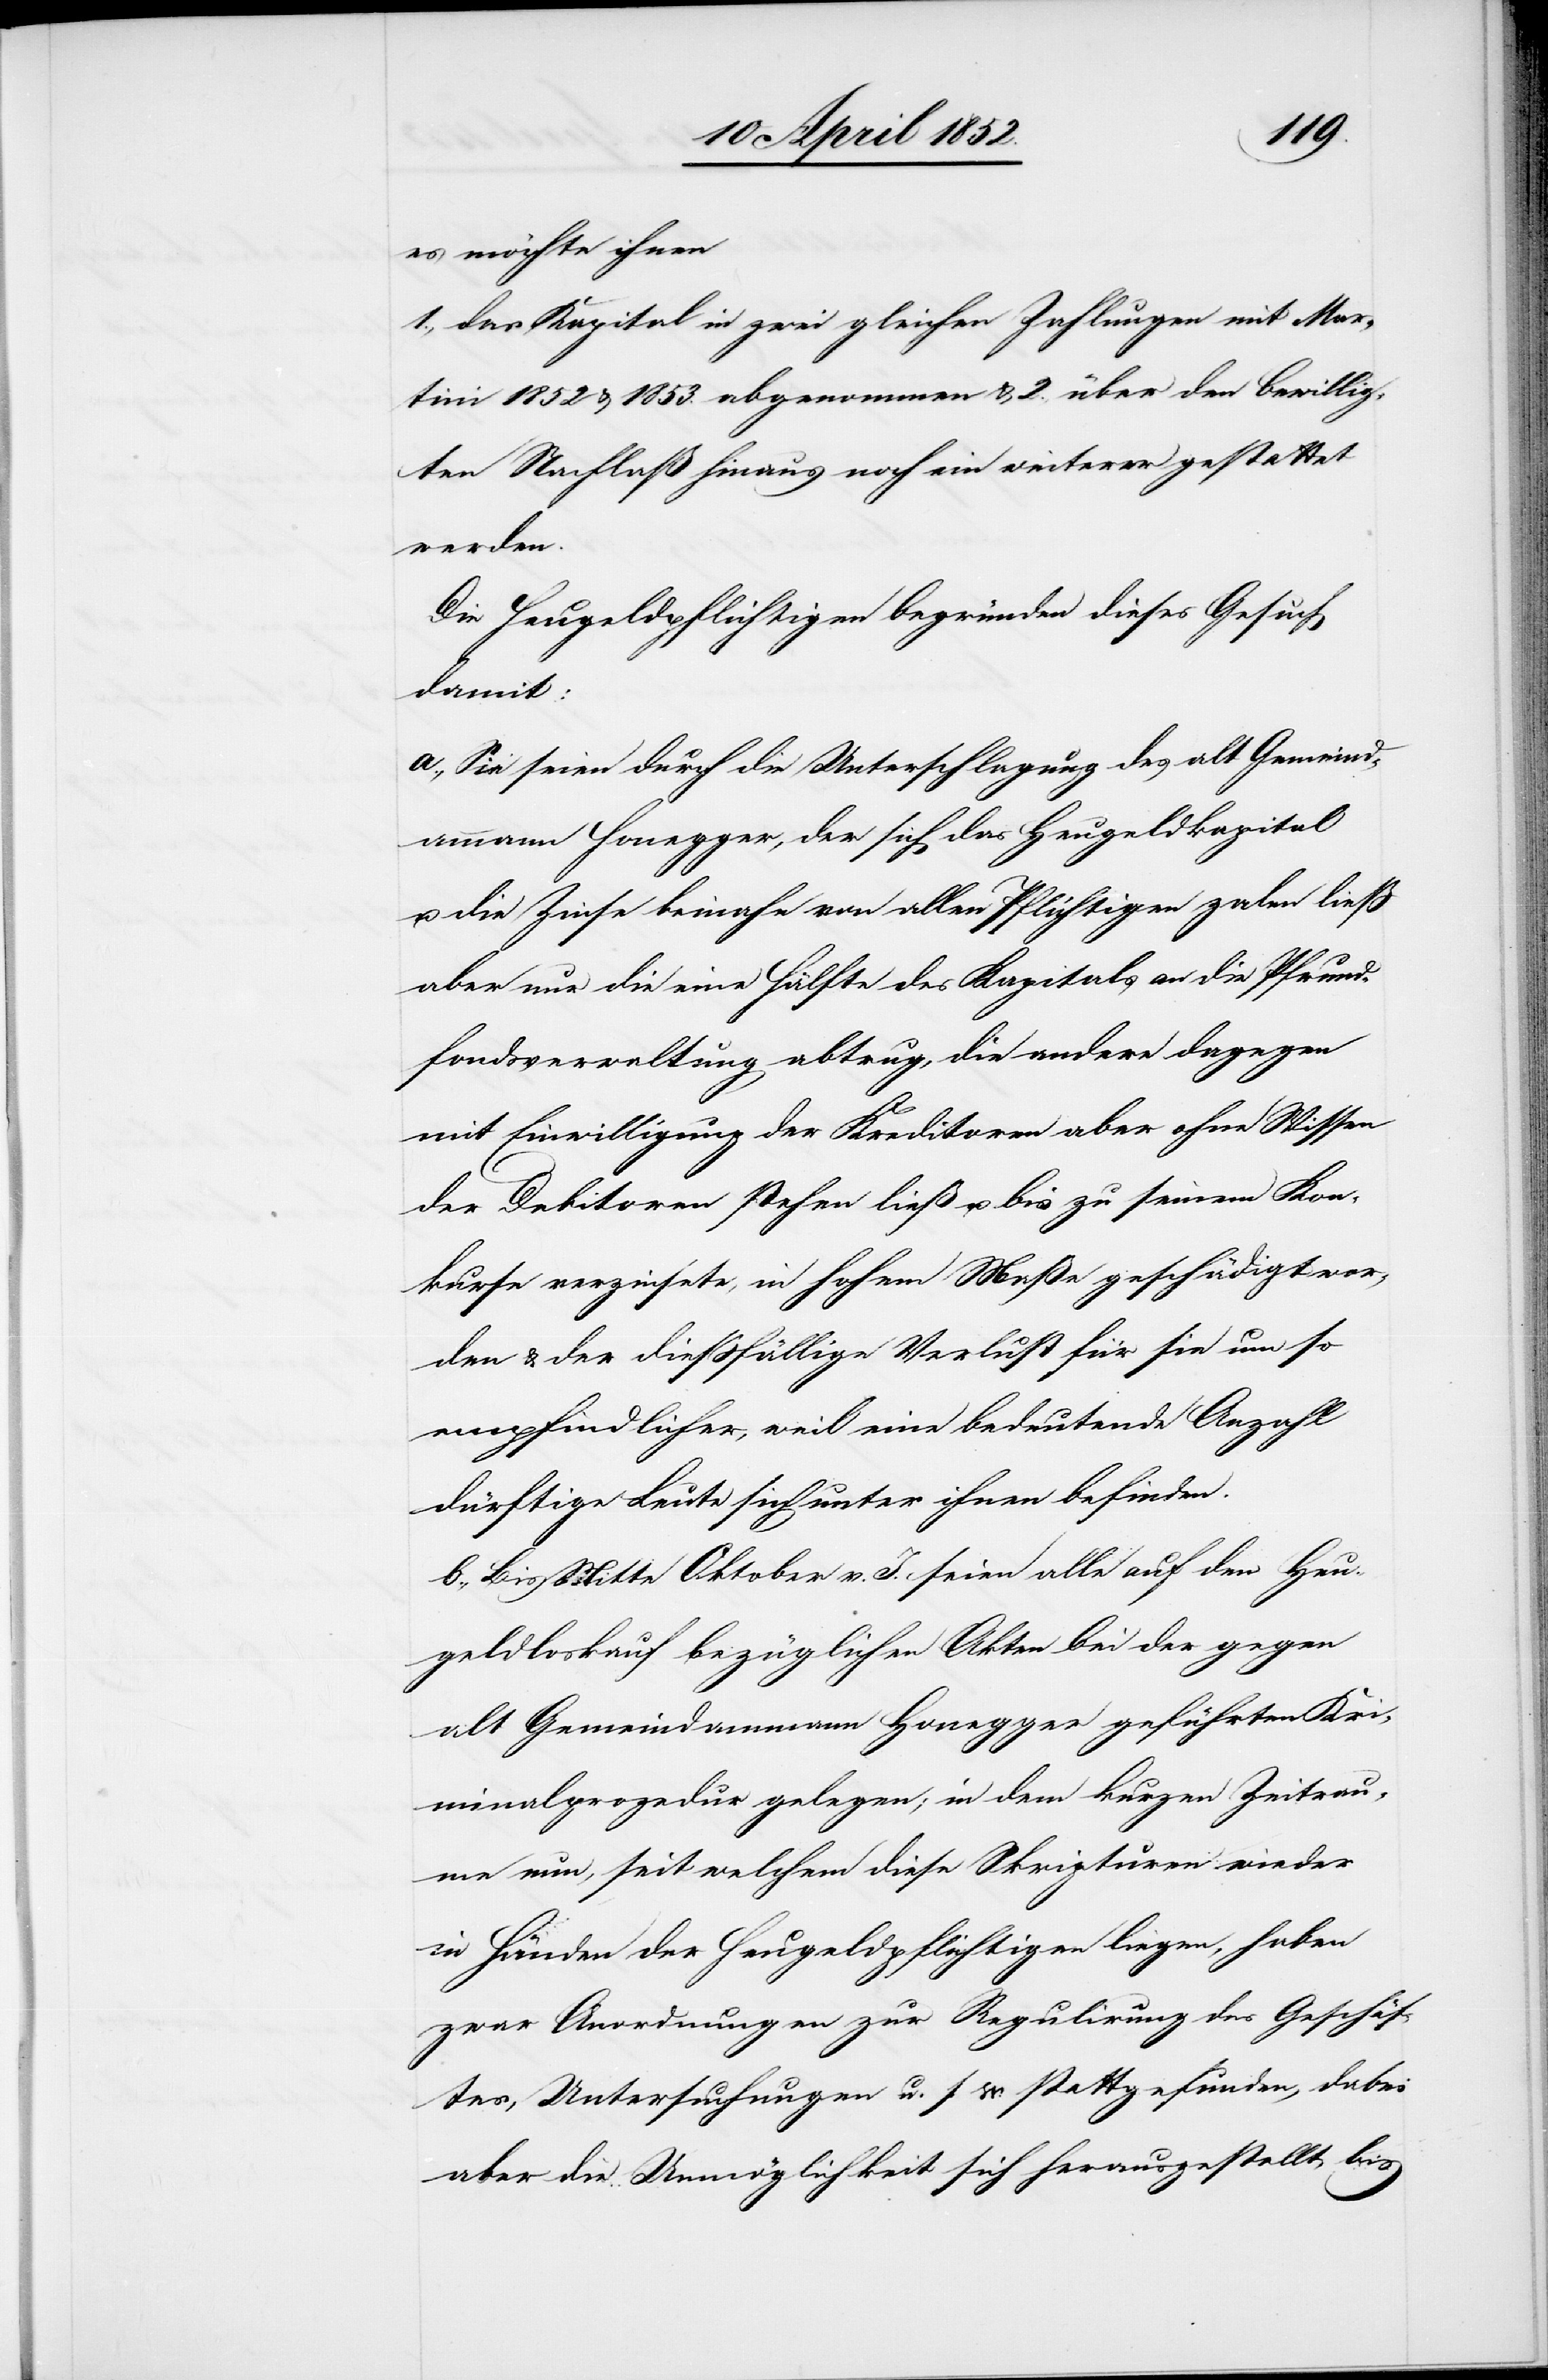
es möchte ihnen
1., das Kapital in zwei gleichen Zahlungen mit Mar¬
tini 1852 & 1853. abgenommen & 2. über den bewillig¬
ten Nachlaß hinaus noch ein weiterer gestattet
werden.
Die Heugeldpflichtigen begründen dieses Gesuch
damit:
a., Sie seien durch die Unterschlagung des alt Gemeind¬
ammann Honegger, der sich das Heugeldkapital
u. die Zinse beinahe von allen Pflichtigen za[h]len liess
aber nur die eine Hälfte des Kapitals an die Pfrund¬
fondsverwaltung abtrug, die andere dagegen
mit Einwilligung der Kreditoren aber ohne Wissen
der Debitoren stehen ließ u. bis zu seinem Kon¬
kurse verzinsete, in hohem Maße geschädigt wor¬
den & der diessfällige Verlust für sie um so
empfindlicher, weil eine bedeutende Anzahl
dürftige Leute sich unter ihnen befinden.
b., Bis Mitte Oktober v. J. seien alle auf den Heu¬
geldloskauf bezüglichen Akten bei der gegen
alt Gemeindammann Honegger geführten Kri¬
minalprozedur gelegen; in dem kurzen Zeitrau¬
me nun, seit welchem diese Skripturen wieder
in Händen der Heugeldpflichtigen liegen, haben
zwar Anordnungen zur Regulirung des Geschäf¬
tes, Untersuchungen u. s w. stattgefunden, dabei
aber die Unmöglichkeit sich herausgestellt bis